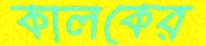
কালকের